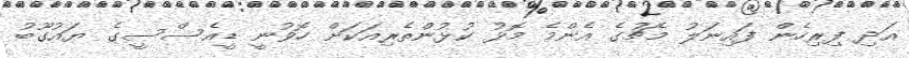
އަދި ފިރިހެން ފައިނަލު މެޗުގެ އެންމެ މޮޅު ކުޅުންތެރިއަކަށް ހޮވުނީ ޑީއެސްސީގެ ޔައުގޫބު